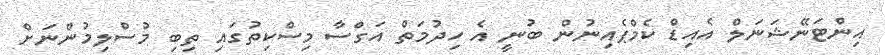
އިންޓަނޭޝަނަލް އެއިޑް ކެމްޕެއިނުން ބުނީ އެ ހިދުމަތް އަގްސާ މިސްކިތުގައި ތިބި މުސްލިމުންނަށް